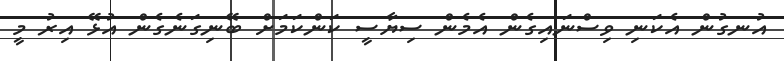
އުނގުން އެކަނި ވިސްނައިގެން އެމެން ސިޔާސީ ކަންކަމަށް ބޭނިގަނެގެން އުޅޭ އިރު މީ